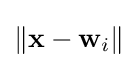
\left\|{{\mathbf {x} }-{\mathbf {w} }_{i}}\right\|